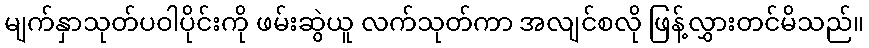
မျက်နှာသုတ်ပဝါပိုင်းကို ဖမ်းဆွဲယူ လက်သုတ်ကာ အလျင်စလို ဖြန့်လွှားတင်မိသည်။